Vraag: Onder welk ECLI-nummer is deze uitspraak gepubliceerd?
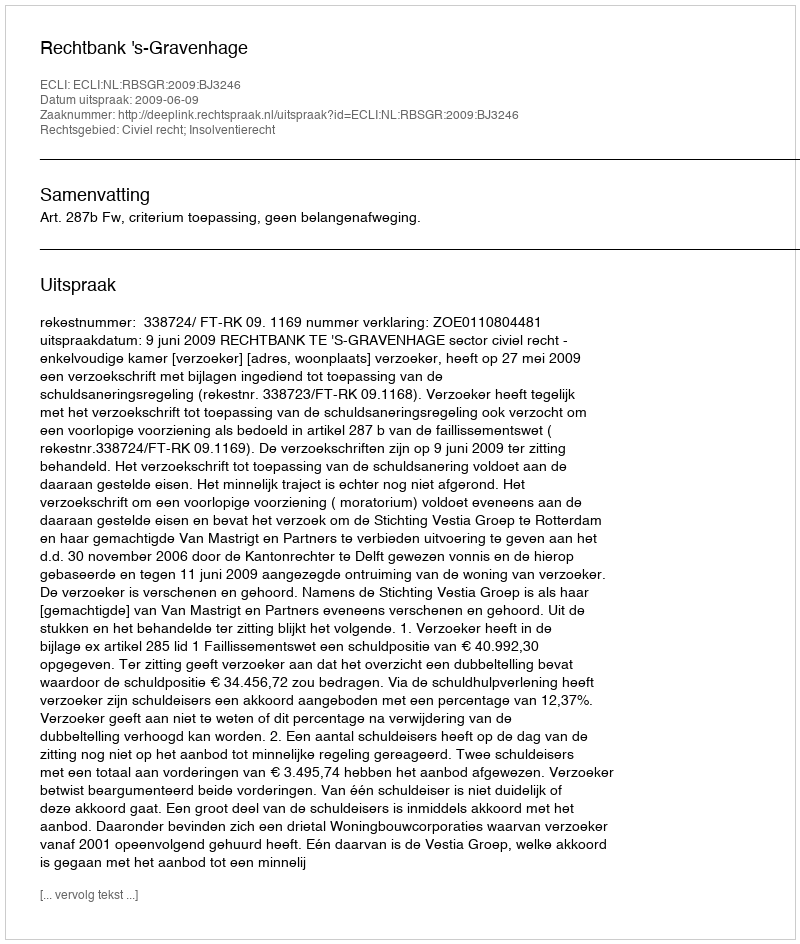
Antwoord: ECLI:NL:RBSGR:2009:BJ3246